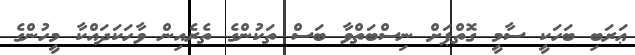
ޢަރަބި ބަހަކީ ސާމީ ގޮތްޕަށް ނިސްބަތްވާ ބަސް ތަކުންގެ ތެރެއިން ވާހަކަދައްކާ މީހުންގެ